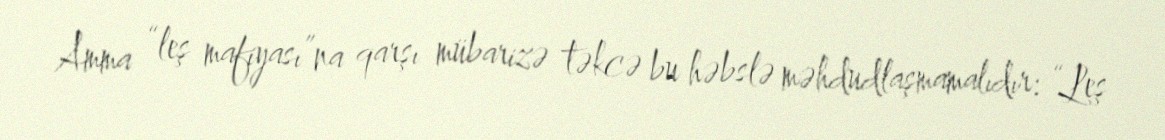
Amma “leş mafiyası”na qarşı mübarizə təkcə bu həbslə məhdudlaşmamalıdır: “Leş